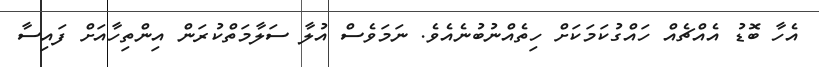
އެހާ ބޮޑު އެއްޗެއް ހައްގުކަމަކަށް ހިތެއްނުބުނެއެވެ. ނަމަވެސް އުލާ ސަލާމަތްކުރަން އިންތިހާއަށް ފައިސާ